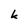
Character: k